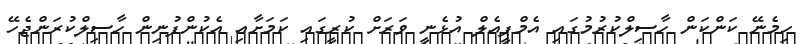
ހިމެނޭ ކަންކަން ހާސިލްކުރުމުގައި އެމްޕީއެލް އުޅެނީ ވަރަށް ކުރީގައި ކަމަށާއި އެކުންފުނިން ހާސިލްކުރަންޖެހޭ